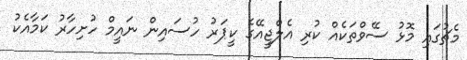
މެޗުގައި މޮޅު ސޭވްތަކެއް ކުރި އެލްޖީއޭގެ ކީޕަރު ހުސައިން ނައީމް ހުށިހާރު ކަމާއެކު